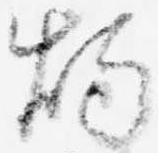
燭